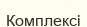
Комплексі